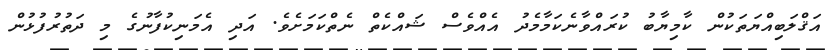
އަޤްލަބިއްޔަތަކުން ކާމިޔާބު ކުރައްވާނެކަމާމެދު އެއްވެސް ޝައްކެތް ނެތްކަމަށެވެ. އަދި އެމަނިކުފާނުގެ މި ދަތުރުފުޅުން